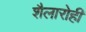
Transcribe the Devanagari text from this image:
शैलारोही